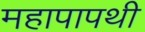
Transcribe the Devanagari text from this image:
महापापथी